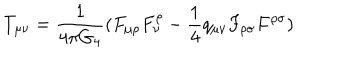
LaTeX: T _ { \mu \nu } = \frac { 1 } { 4 \pi G _ { 4 } } ( F _ { \mu \rho } F _ { \nu } ^ { \rho } - \frac { 1 } { 4 } q _ { \mu \nu } F _ { \rho \sigma } F ^ { \rho \sigma } )